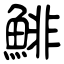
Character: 鯡